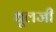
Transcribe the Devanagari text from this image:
धूलजी